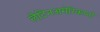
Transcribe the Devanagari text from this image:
लैटिनअमेरिकानो